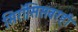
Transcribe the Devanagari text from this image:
सिरॉसिसवरही